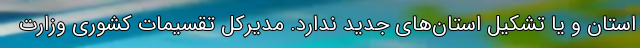
استان و یا تشکیل استان‌های جدید ندارد. مدیرکل تقسیمات کشوری وزارت